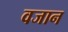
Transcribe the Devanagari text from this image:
वजान